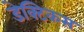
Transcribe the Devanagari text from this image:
डेक्टिकस